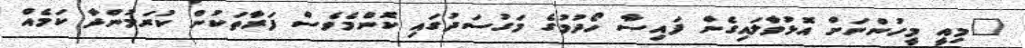
"މިއީ މީހުންނަށް އޮޅުވާލައިގެން ފައިސާ ހޯދުމުގެ މަގުސަދުގައި ކޮންމެވެސް ފަރާތަކުން ކުރަމުންދާ ކަމެއް